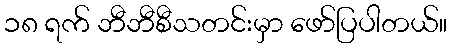
၁၈ ရက် ဘီဘီစီသတင်းမှာ ဖော်ပြပါတယ်။